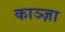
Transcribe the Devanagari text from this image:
काञ्ज़ा